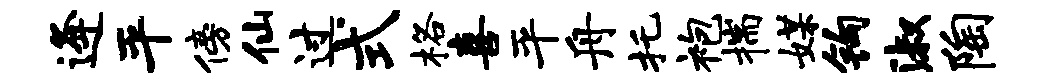
逄平傍仙过式格喜平舟托袍揣媒钩淑陶